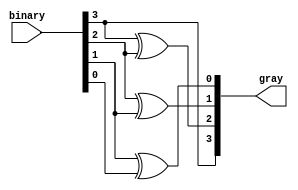
module bintogray (
  input [3:0] binary, 
  output [3:0] gray    
);

genvar i;


assign gray[3] = binary[3];

generate
  for (i = 2; i >= 0; i = i - 1) begin : gen_gray
    assign gray[i] = binary[i + 1] ^ binary[i];
  end
endgenerate

endmodule